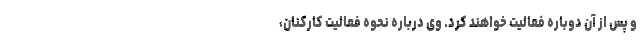
و پس از آن دوباره فعالیت خواهند کرد. وی درباره نحوه فعالیت کارکنان،